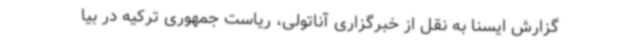
گزارش ایسنا به نقل از خبرگزاری آناتولی، ریاست جمهوری ترکیه در بیا